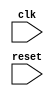
module memory_controller(
    input wire clk,
    input wire reset,
    // Add other input and output ports as needed
    
    // Behavioral modeling blocks
    
    // Block for reading and writing data to and from memory
    // Add code for read and write functionality
    
    // Block for controlling memory access timing and addressing
    // Add code for timing control and memory addressing
    
    // Block for handling memory operations (read, write, refresh)
    // Add code for memory operations
    
    // Block for memory arbitration and request processing
    // Add code for memory arbitration
    
    // Additional blocks for efficient memory access and data transfer
    
    // Design considerations for reliability and scalability
    
    // Verilog's behavioral modeling structures
    
);

// Add implementation details for the memory controller

endmodule